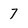
Character: 7